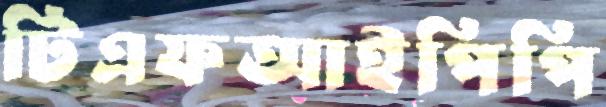
টিএফআইপিপি